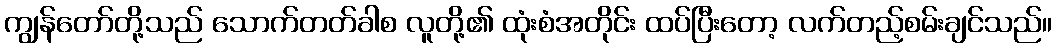
ကျွန်တော်တို့သည် သောက်တတ်ခါစ လူတို့၏ ထုံးစံအတိုင်း ထပ်ပြီးတော့ လက်တည့်စမ်းချင်သည်။